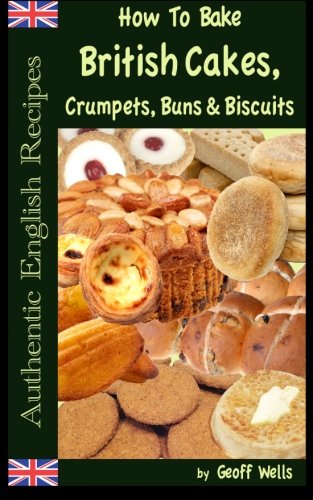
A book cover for How To Bake British Cakes, Crumpets, Buns & Biscuits (Authentic English Recipes) (Volume 9); Geoff Wells; Cookbooks, Food & Wine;